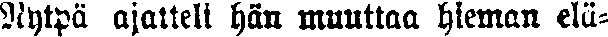
Nytpä ajatteli hän muuttaa hieman elä-